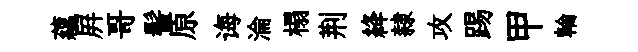
蘊屛哥髻原诲淪榻荆絳隸攻踢甲輪